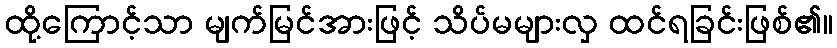
ထို့ကြောင့်သာ မျက်မြင်အားဖြင့် သိပ်မများလှ ထင်ရခြင်းဖြစ်၏။